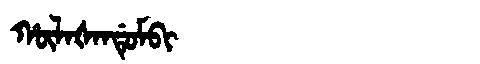
Manchu: ᡥᡡᠯᠠᡧᠠᠨᡩᡠᠮᠪᡳ
Romanization: HŪLAŠANDUMBI